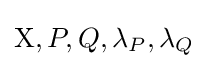
\mathrm {X} ,P,Q,\lambda _{P},\lambda _{Q}